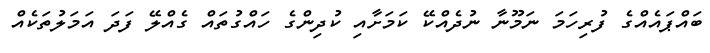
ބައްޕައެއްގެ ފުރިހަމަ ނަމޫނާ ނުދެއްކޭ ކަމަށާއި ކުދިންގެ ހައްގުތައް ގެއްލޭ ފަދަ އަމަލުތަކެއް